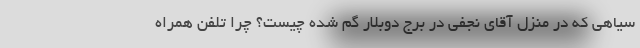
سیاهی که در منزل آقای نجفی در برج دوبلار گم شده چیست؟ چرا تلفن همراه